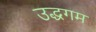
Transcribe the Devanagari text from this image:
उद्धगम